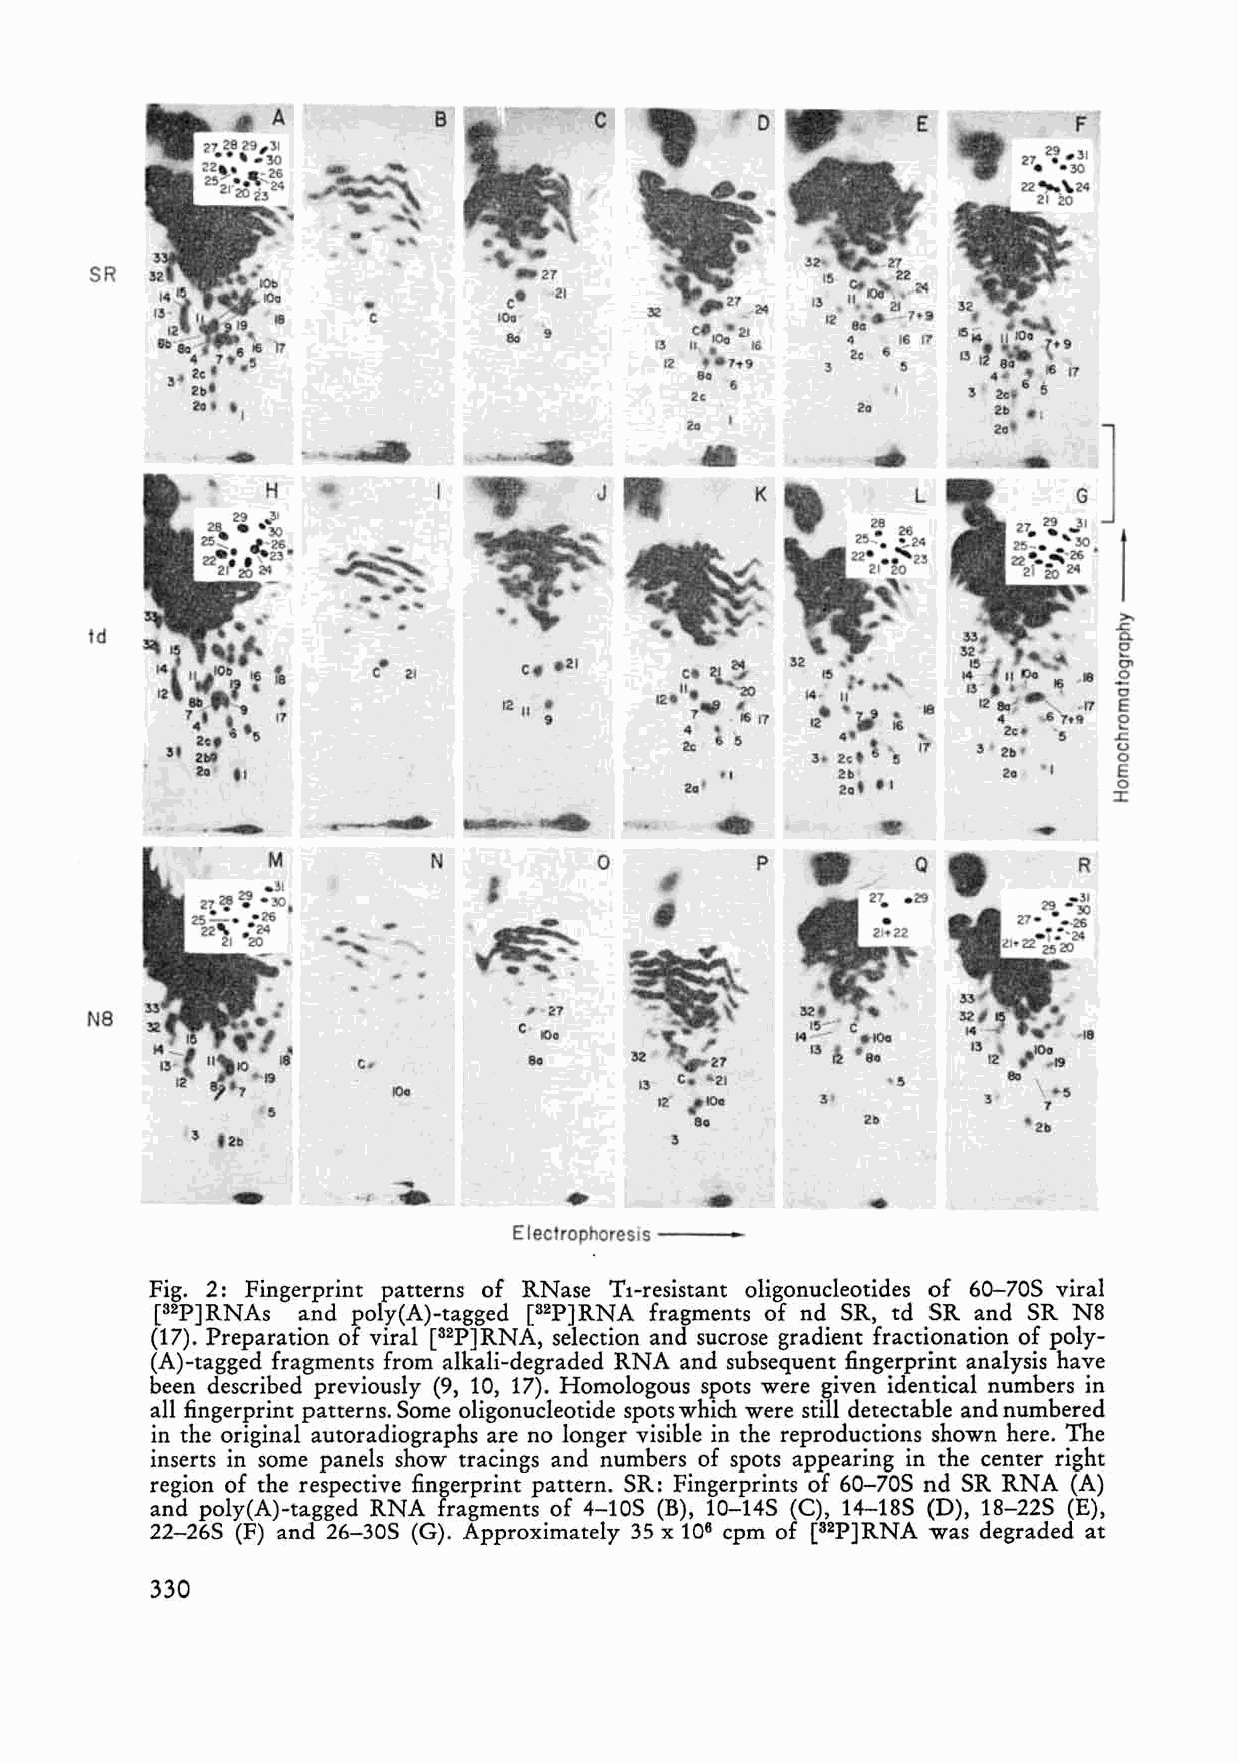
c
 B
 SR
 21
 c       10 8C 0 0 9  1C
 1
 - IOo2 7 2 1 12 6; 4 12 <I1 1. 16 17
 2e
 12  h9     3
 9Q
 6
 2.
 2.
 20
 L
 >.
 td                                                                  ~ e0-
 c  21     C. l! 2}                     E0 -
 12 u •    12t 11 - ..2 -0 14- 11 18   ./7 c E
 9         7 . 115 17             ..G 7,9 .0c
 4                        's
 2c 6 5          17  ~ 21>    o'-'
 2.      E
 o
 -     ::J:
 o         p
 .
 ..
 N8
 9
 lOa             13 c. 21                   \ s
 12· lOa   3              7
 5                  ..                  2b         ~ 2b
 . ,
 Electrophoresis --- -.
 Fig. 2: Fingerprint patterns of RNase Tl-resistant oligonucleotides of 60-705 viral
 [32P]RNAs and poly(A)-tagged [32P]RNA fragments of nd SR, td SR and SR N8
 (17). Preparation of viral [32P]RNA, selection and sucrose gradient fractionation of poly
 (A)-tagged fragments from alkali-degraded RNA and subsequent fingerprint analysis have
 been described previously (9, 10, 17). Homologous spots were given identical numbers in
 all fingerprint patterns. Some oligonucleotide spots which were still detectable and numbered
 in the original autoradiographs are no longer visible in the reproductions shown here. The
 inserts in some panels show tracings and numbers of spots appearing in the center right
 region of the respective fingerprint pattern. SR: Fingerprints of 60-705 nd SR RNA (A)
 and poly(A)-tagged RNA fragments of 4-105 (B), 10-145 (e), 14-18S (D), 18-225 (E),
 22-26S (F) and 26-305 (G). Approximately 35 x 106 cpm of [32P]RNA was degraded at
 330